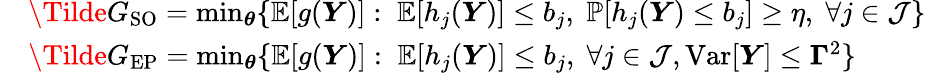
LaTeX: \begin{array}{rl}&{\Tilde{G}_{\mathrm{SO}}=\operatorname*{min}_{\boldsymbol{\theta}}\{ \mathbb{E}[g(\boldsymbol{Y})]:\; \mathbb{E}[h_{j}(\boldsymbol{Y})]\leq{b}_{j},\; \mathbb{P}[h_{j}(\boldsymbol{Y})\leq{b}_{j}]\geq{\eta},\; \forall j\in\mathcal{J}\} }\\ &{\Tilde{G}_{\mathrm{EP}}=\operatorname*{min}_{\boldsymbol{\theta}}\{ \mathbb{E}[g(\boldsymbol{Y})]:\; \mathbb{E}[h_{j}(\boldsymbol{Y})]\leq{b}_{j},\; \forall j\in\mathcal{J},\mathrm{Var}[\boldsymbol{Y}]\leq\boldsymbol{\Gamma}^{2}\} }\end{array}